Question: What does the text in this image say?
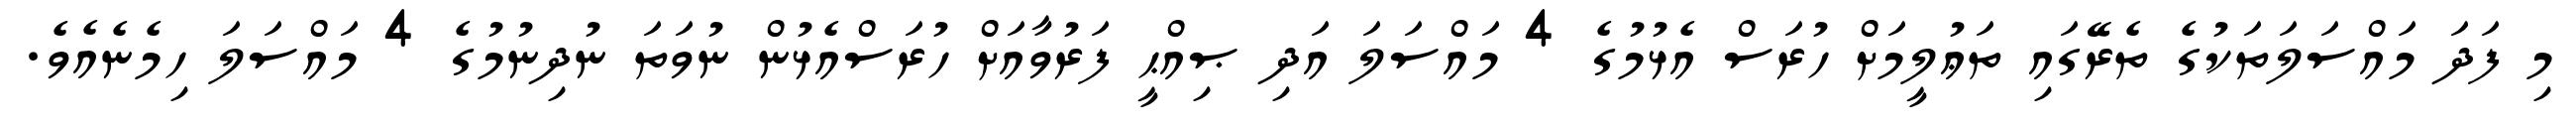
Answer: މި ފަދަ މައްސަލަތަކުގެ ތެރޭގައި ތަޢުލީމަށް ހުރަސް އެޅުމުގެ 4 މައްސަލަ އަދި ޞިއްޙީ ފަރުވާއަށް ހުރަސްއެޅުން ނުވަތަ ނުދިނުމުގެ 4 މައްސަލަ ހިމެނެއެވެ.